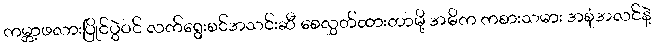
ကမ္ဘာ့ဖလားပြိုင်ပွဲဝင် လက်ရွေးစင်အသင်းဆီ စေလွှတ်ထားတာမို့ အဓိက ကစားသမား အစုံအလင်နဲ့